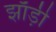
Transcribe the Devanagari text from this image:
झाँड़ी